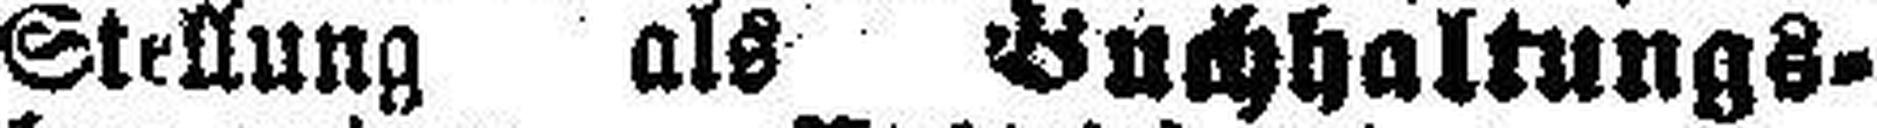
Stellung als Buchhaltungs¬